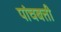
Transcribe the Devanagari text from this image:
पांचबत्ती